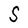
Character: S